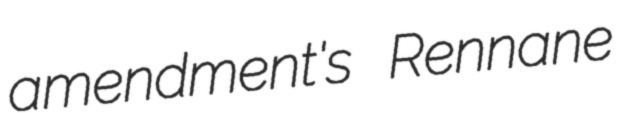
amendment's Rennane